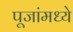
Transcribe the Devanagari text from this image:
पूजांमध्ये